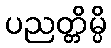
ပညတ္တိမ္ပိ